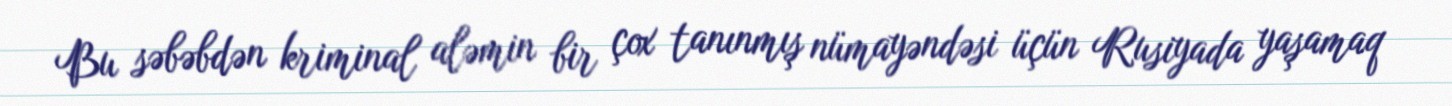
Bu səbəbdən kriminal aləmin bir çox tanınmış nümayəndəsi üçün Rusiyada yaşamaq